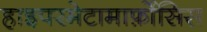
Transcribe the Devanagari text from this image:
हाइपरमेटामार्फ़ोसिस